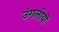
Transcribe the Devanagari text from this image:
उंगलीयों